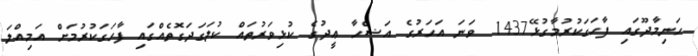
ހަނިމާދޫގައި ފާހަގަކުރުމާގުޅޭ1437 ވަނަ އަހަރުގެ އަޟްހާ ޢީދުގެ ކުޅިވަރުތައް ކުލަގަދަގޮތެއްގައި ފާހަގަކުރުމަށް އަމިއްލަ